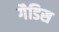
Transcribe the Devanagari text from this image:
गैडिस